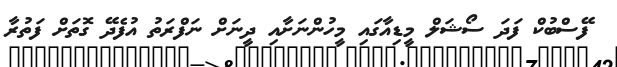
ފޭސްބުކް ފަދަ ސޯޝަލް މީޑިއާގައި މީހުންނަށާއި ދީނަށް ނަފްރަތު އުފެދޭ ގޮތަށް ފަތުރާ